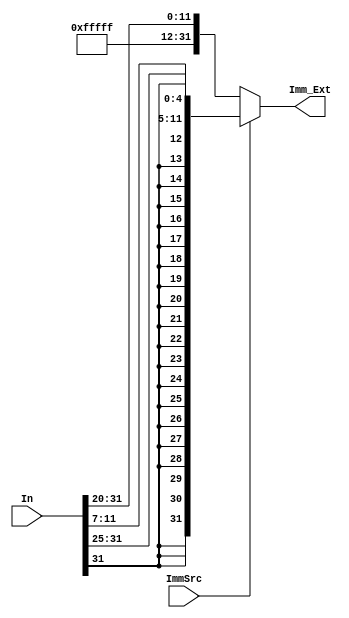
module Sign_Extend (In,Imm_Ext,ImmSrc);

    input [31:0] In;
    input ImmSrc;
    output [31:0] Imm_Ext;

    assign Imm_Ext = (ImmSrc == 1'b1) ? ({{20{In[31]}},In[31:25],In[11:7]}) :
                                        {{20{1'b1}},In[31:20]};

endmodule

// for I-Type
// module Sign_Extend (In,Imm_Ext);

//     input [31:0] In;
//     output [31:0] Imm_Ext;

//     assign Imm_Ext = (In[31]) ? {{20{1'b1}},In[31:20]} :
//                                 {{20{1'b0}},In[31:20]};
    
// endmodule